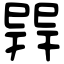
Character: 𢁅